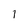
Character: 1